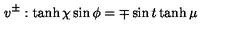
v ^ { \pm } : \tanh \chi \sin \phi = \mp \sin t \tanh \mu